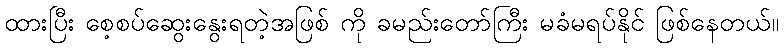
ထားပြီး စေ့စပ်ဆွေးနွေးရတဲ့အဖြစ် ကို ခမည်းတော်ကြီး မခံမရပ်နိုင် ဖြစ်နေတယ်။